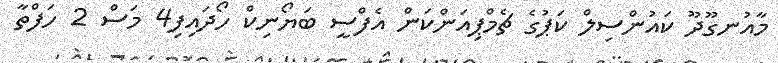
މާއުނގޫދޫ ކައުންސިލް ކަޕުގެ ޗެމްޕިއަންކަން އެފްސީ ބަޔޯނިކް ހޯދައިފި4 މަސް 2 ހަފްތާ